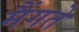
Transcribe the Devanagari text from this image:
मैंगते